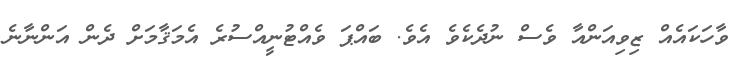
ވާހަކައެއް ޒިވިއަންއާ ވެސް ނުދެކެވެ އެވެ. ބައްޕަ ވެއްޓުނީއްސުރެ އެމަޤާމަށް ދެން އަންނާނެ